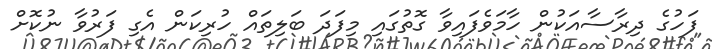
ފަހުގެ ދިރާސާއަކުން ހާމަވެފައިވާ ގޮތުގައި މިފަދަ ބަލިތައް ހުރިކަން އެގި ފަރުވާ ނުކޮށް